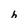
Character: h